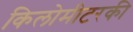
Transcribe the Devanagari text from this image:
किलोमीटरकी